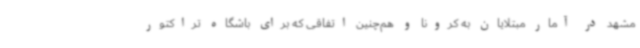
مشهد در آمار مبتلایان به کرونا و هم‌چنین اتفاقی که برای باشگاه تراکتور